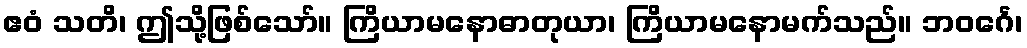
ဧဝံ သတိ၊ ဤသို့ဖြစ်သော်။ ကြိယာမနောဓာတုယာ၊ ကြိယာမနောမက်သည်။ ဘဝင်္ဂေ၊